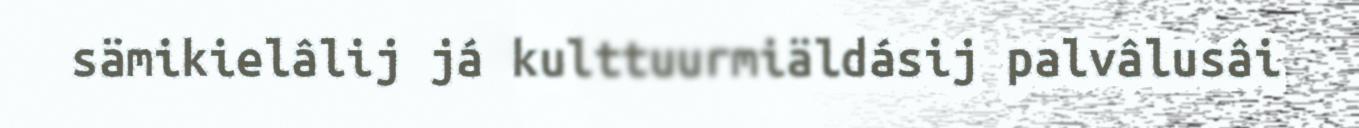
sämikielâlij já kulttuurmiäldásij palvâlusâi